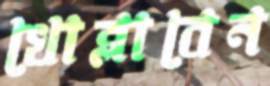
খোব্‌লাবেন